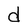
Character: d